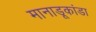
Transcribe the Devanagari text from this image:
मानाडूकांडा